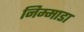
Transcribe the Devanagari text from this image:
निम्माडा